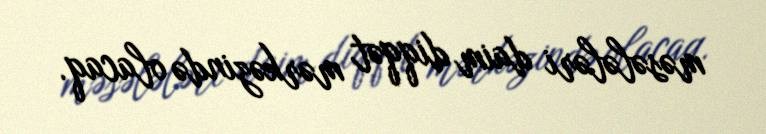
məsələləri daim diqqət mərkəzində olacaq.